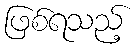
ဖြစ်ရသည့်